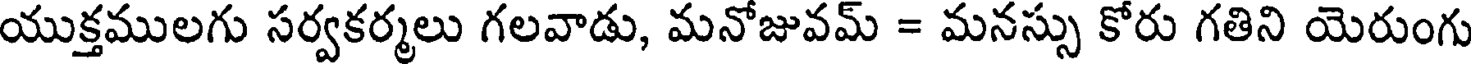
యుక్తములగు సర్వకర్మలు గలవాడు, మనోజువమ్ = మనస్సు కోరు గతిని యెరుంగు